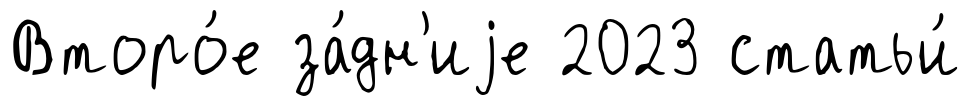
Второ́е за́дн'иjе 2023 статьи́